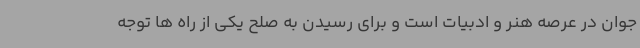
جوان در عرصه هنر و ادبیات است و برای رسیدن به صلح یکی از راه ها توجه